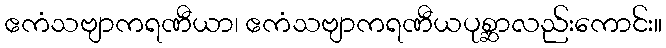
ဧကံသဗျာကရဏီယာ၊ ဧကံသဗျာကရဏီယပုစ္ဆာလည်းကောင်း။